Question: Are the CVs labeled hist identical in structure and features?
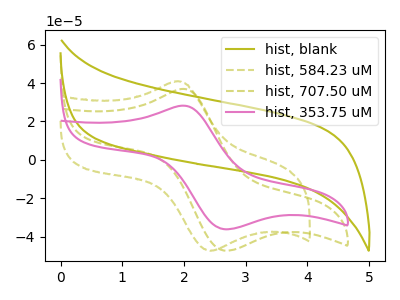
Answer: <think>The olive curve "hist, blank" has no peaks. The olive dashed curve "hist, 584.23 uM" has an anodic peak at (1.85V, 40.85uA) and a cathodic peak at (2.45V, -47.35uA). The olive dashed curve "hist, 707.50 uM" has an anodic peak at (2.00V, 36.95uA) and a cathodic peak at (2.65V, -47.25uA). The pink curve "hist, 353.75 uM" has an anodic peak at (2.00V, 28.25uA) and a cathodic peak at (2.65V, -36.10uA).
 "hist, blank" and "hist, 584.23 uM" have a different number of peaks. "hist, blank" and "hist, 707.50 uM" have a different number of peaks. "hist, blank" and "hist, 353.75 uM" have a different number of peaks. "hist, 584.23 uM" and "hist, 707.50 uM" have at least one peak that do not match. "hist, 584.23 uM" and "hist, 353.75 uM" have at least one peak that do not match. All the peaks in "hist, 707.50 uM" have a peak in "hist, 353.75 uM" at the same potential. Every peak in "hist, 707.50 uM" is higher than every peak in "hist, 353.75 uM".</think>
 <answer>All the CV's of "hist" have similar shape.</answer>
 <eval>follow_rule</eval>